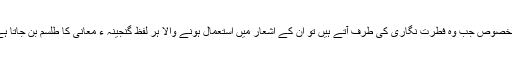
بالخصوص جب وہ فطرت نگاری کی طرف آتے ہیں تو ان کے اشعار میں استعمال ہونے والا ہر لفظ گنجینہ ء معانی کا طلسم بن جاتا ہے۔